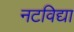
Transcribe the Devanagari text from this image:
नटविद्या